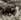
كل